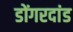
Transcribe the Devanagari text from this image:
डोंगरदांड